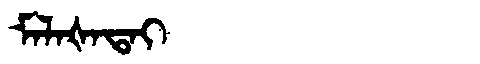
Manchu: ᠮᠠᠯᠠᡧᠠᡨᠠᡳ
Romanization: MALAŠATAI